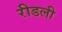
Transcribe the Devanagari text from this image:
रीडली